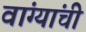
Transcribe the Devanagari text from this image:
वांग्यांची